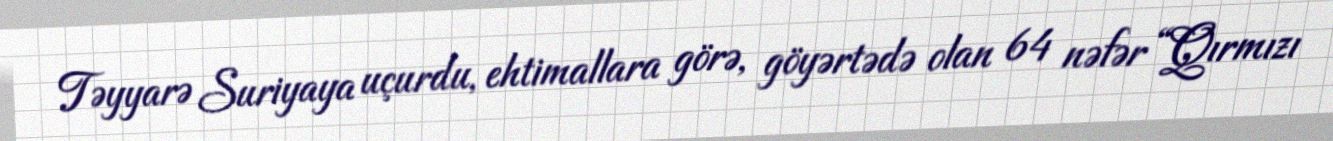
Təyyarə Suriyaya uçurdu, ehtimallara görə, göyərtədə olan 64 nəfər “Qırmızı